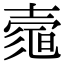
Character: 𡔻